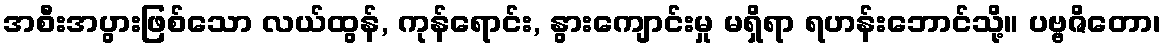
အစီးအပွားဖြစ်သော လယ်ထွန်, ကုန်ရောင်း, နွားကျောင်းမှု မရှိရာ ရဟန်းဘောင်သို့။ ပဗ္ဗဇိတော၊